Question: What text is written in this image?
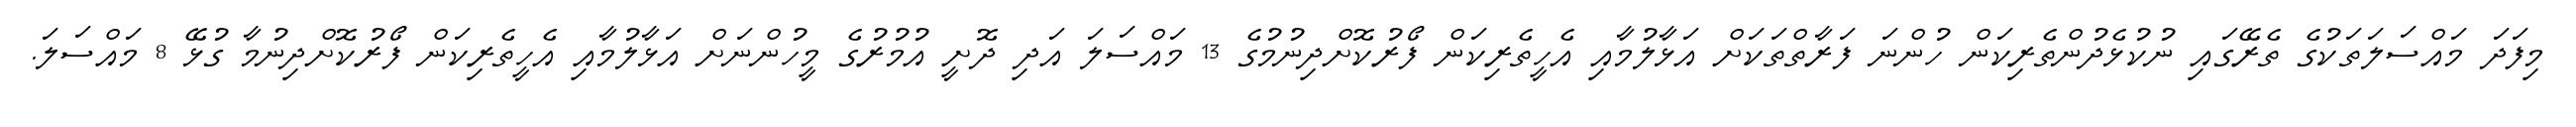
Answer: މިފަދަ މައްސަލަތަކުގެ ތެރޭގައި ނުކުޅެދުންތެރިކަން ހުންނަ ފަރާތްތަކަށް އަޅާލުމާއި އެހީތެރިކަން ފޯރުކޮށްދިނުމުގެ 13 މައްސަލަ އަދި ދޮށީ އުމުރުގެ މީހުންނަށް އަޅާލުމާއި އެހީތެރިކަން ފޯރުކޮށްދިނުމާ ގުޅޭ 8 މައްސަލަ.